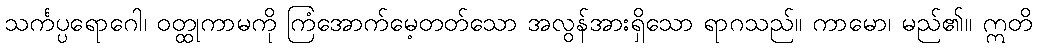
သင်္ကပ္ပရောဂေါ၊ ဝတ္ထုကာမကို ကြံအောက်မေ့တတ်သော အလွန်အားရှိသော ရာဂသည်။ ကာမော၊ မည်၏။ ဣတိ